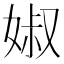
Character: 婌